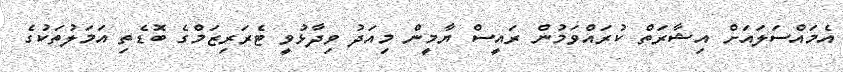
އެމައްސަލައަށް އިޝާރަތް ކުރައްވަމުން ރައީސް ޔާމީން މިއަދު ވިދާޅުވީ ޓެރަރިޒަމްގެ ބޮޑެތި އަމަލުތަކުގެ